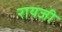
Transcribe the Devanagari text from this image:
रायजी